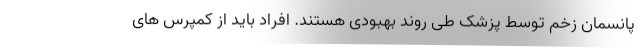
پانسمان زخم توسط پزشک طی روند بهبودی هستند. افراد باید از کمپرس های